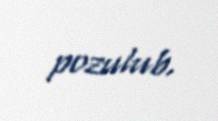
pozulub.